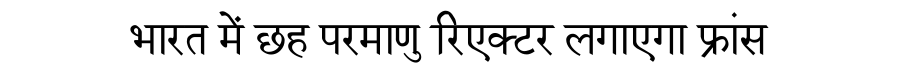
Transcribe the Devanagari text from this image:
भारत में छह परमाणु रिएक्टर लगाएगा फ्रांस